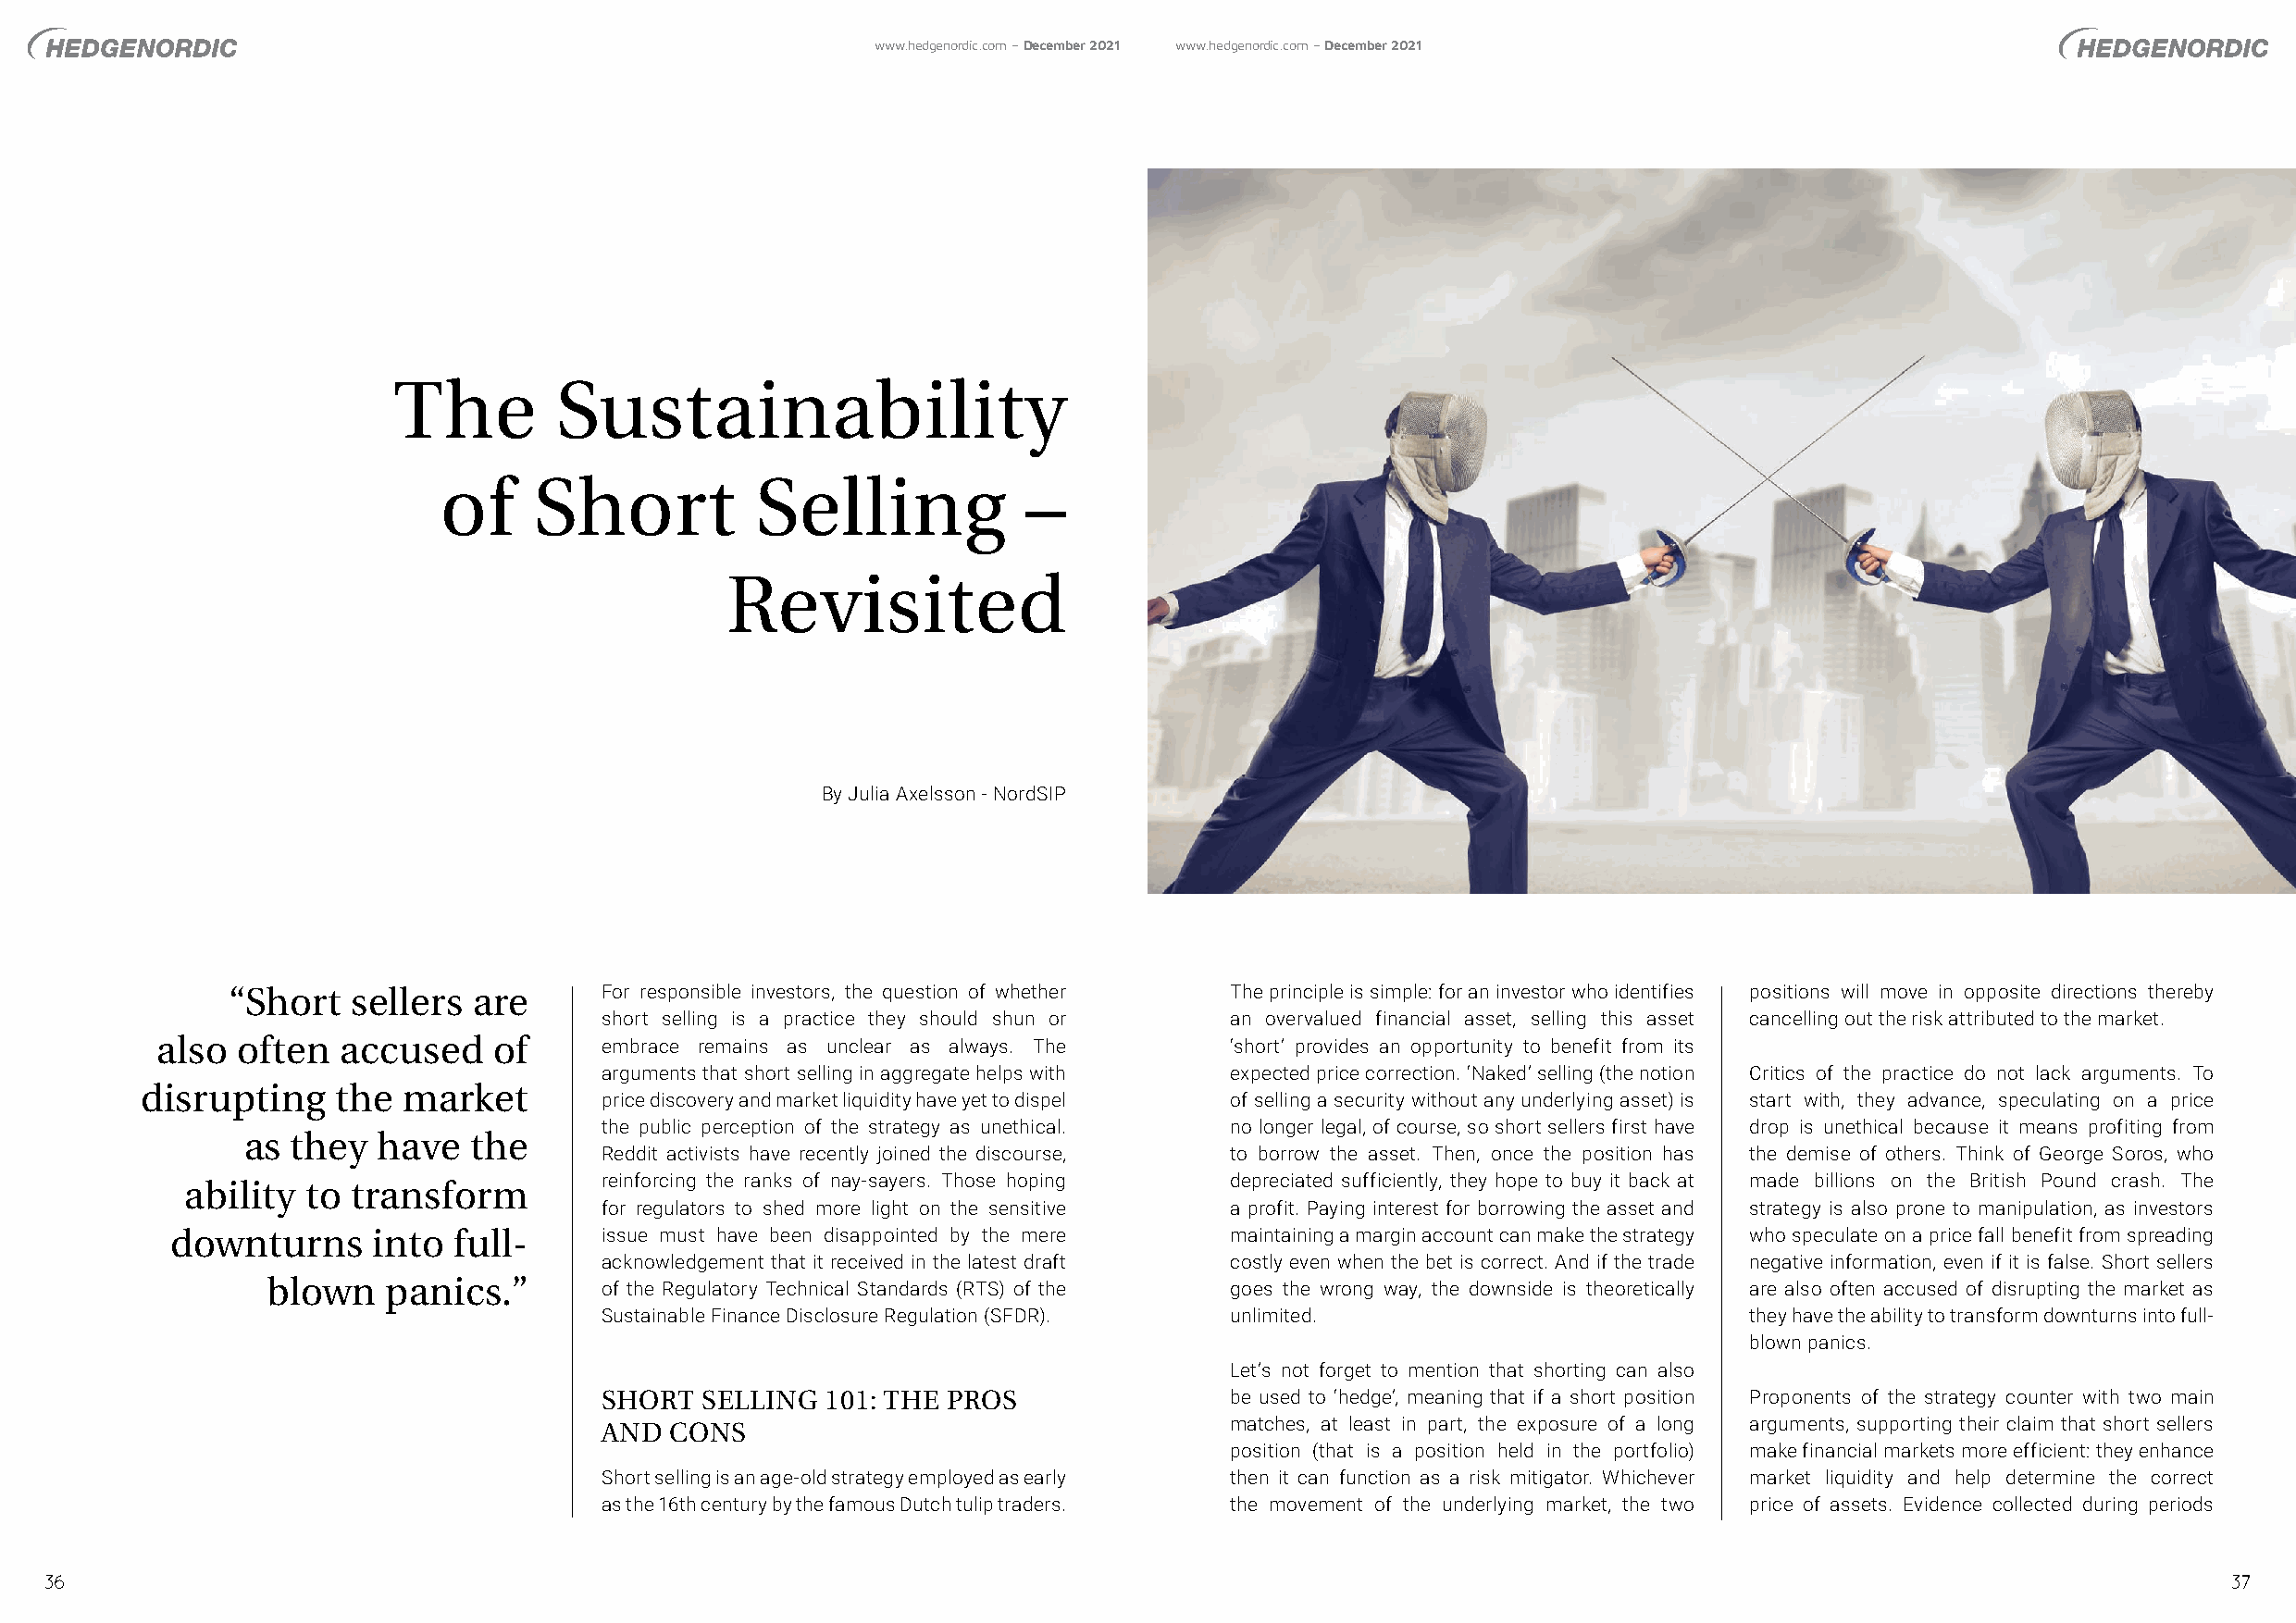
www.hedgenordic.com – December 2021 www.hedgenordic.com – December 2021
 The         Sustainability
 of     Short           Selling            –
 Revisited
 By Julia Axelsson - NordSIP
 “Short   sellers  are      For responsible investors, the question of whether The principle is simple: for an investor who identifies positions will move in opposite directions thereby
 short selling is a practice they should shun or an overvalued financial asset, selling this asset cancelling out the risk attributed to the market.
 also  often  accused    of      embrace remains as unclear as always. The    ‘short’ provides an opportunity to benefit from its
 arguments that short selling in aggregate helps with expected price correction. ‘Naked’ selling (the notion Critics of the practice do not lack arguments. To
 disrupting    the  market
 price discovery and market liquidity have yet to dispel of selling a security without any underlying asset) is start with, they advance, speculating on a price
 the public perception of the strategy as unethical. no longer legal, of course, so short sellers first have drop is unethical because it means profiting from
 as  they  have   the
 Reddit activists have recently joined the discourse, to borrow the asset. Then, once the position has the demise of others. Think of George Soros, who
 reinforcing the ranks of nay-sayers. Those hoping depreciated sufficiently, they hope to buy it back at made billions on the British Pound crash. The
 ability  to transform
 for regulators to shed more light on the sensitive a profit. Paying interest for borrowing the asset and strategy is also prone to manipulation, as investors
 downturns      into full-      issue must have been disappointed by the mere maintaining a margin account can make the strategy who speculate on a price fall benefit from spreading
 acknowledgement that it received in the latest draft costly even when the bet is correct. And if the trade negative information, even if it is false. Short sellers
 blown    panics.”       of the Regulatory Technical Standards (RTS) of the goes the wrong way, the downside is theoretically are also often accused of disrupting the market as
 Sustainable Finance Disclosure Regulation (SFDR). unlimited.                      they have the ability to transform downturns into full-
 blown panics.
 Let’s not forget to mention that shorting can also
 SHORT  SELLING  101: THE PROS                be used to ‘hedge’, meaning that if a short position Proponents of the strategy counter with two main
 AND  CONS                                    matches, at least in part, the exposure of a long arguments, supporting their claim that short sellers
 position (that is a position held in the portfolio) make financial markets more efficient: they enhance
 Short selling is an age-old strategy employed as early then it can function as a risk mitigator. Whichever market liquidity and help determine the correct
 as the 16th century by the famous Dutch tulip traders. the movement of the underlying market, the two price of assets. Evidence collected during periods
 36                                                                                                                                                           37